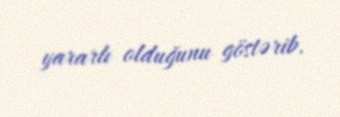
yararlı olduğunu göstərib.